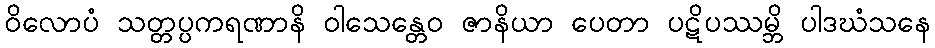
ဝိလောပံ သတ္တပ္ပကရဏာနိ ဝါသေန္တေဝ ဇာနိယာ ပေတာ ပဋိပဿမ္ဘိ ပါဒဃံသနေ